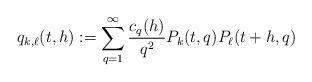
LaTeX: \begin{align*} q_{k,\ell}(t,h) := \sum_{q=1}^{\infty} \frac{c_q(h)}{q^2} P_k(t,q) P_{\ell}(t+h,q)\end{align*}